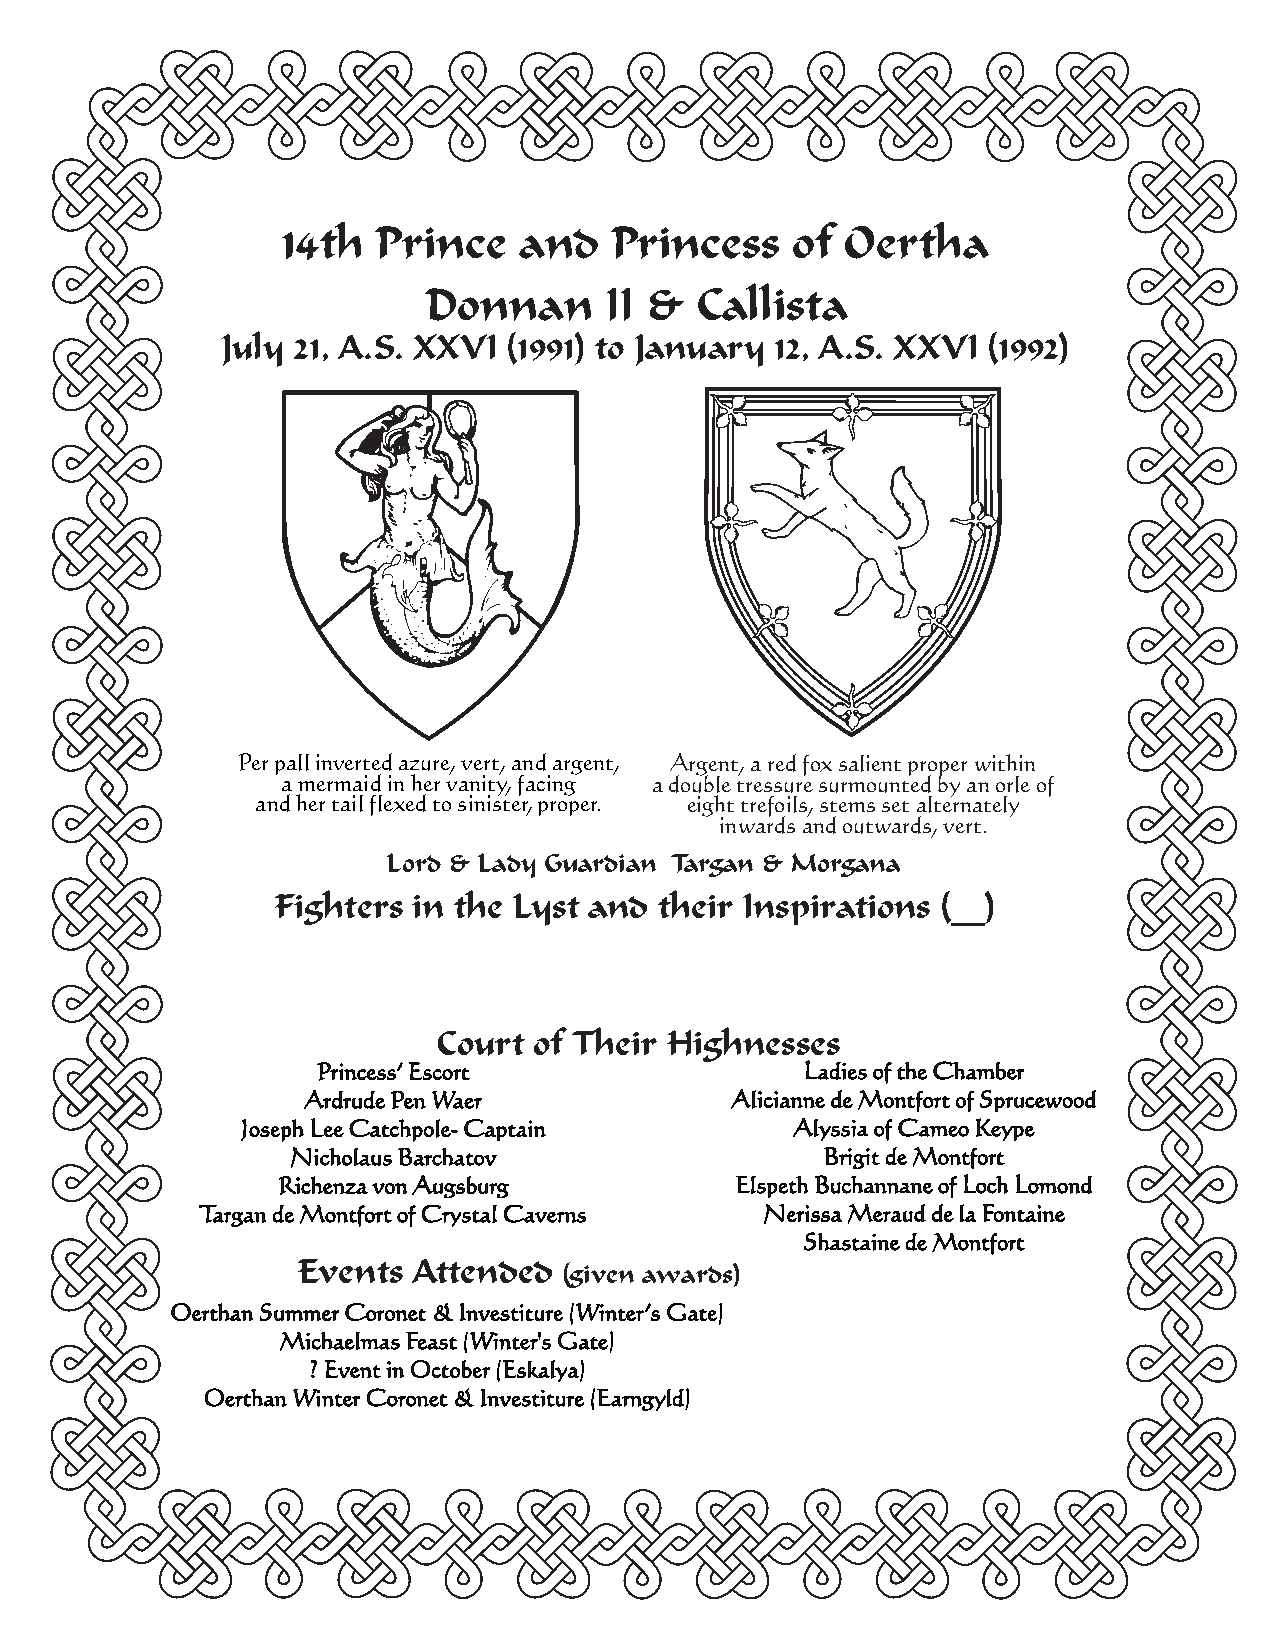
14th  Prince   and   Princess    of  Oertha
 Donnan      II &  Callista
 July 21, A.S. XXVI (1991) to January 12, A.S. XXVI (1992)
 Per pall inverted azure, vert, and argent, Argent, a red fox salient proper within
 a mermaid in her vanity, facing a double tressure surmounted by an orle of
 and her tail flexed to sinister, proper. eight trefoils, stems set alternately
 inwards and outwards, vert.
 Lord & Lady Guardian Targan & Morgana
 Fighters in the Lyst and  their Inspirations (__)
 CCoouurrtt ooff TThheeiirr HHiigghhnneesssseess
 Princess’ Escort                Ladies of the Chamber
 Ardrude Pen Waer            Alicianne de Montfort of Sprucewood
 Joseph Lee Catchpole- Captain        Alyssia of Cameo Keype
 Nicholaus Barchatov                 Brigit de Montfort
 Richenza von Augsburg          Elspeth Buchannane of Loch Lomond
 Targan de Montfort of Crystal Caverns Nerissa Meraud de la Fontaine
 Shastaine de Montfort
 Events Attended
 (given awards)
 Oerthan Summer Coronet & Investiture (Winter’s Gate)
 Michaelmas Feast (Winter's Gate)
 ? Event in October (Eskalya)
 Oerthan Winter Coronet & Investiture (Earngyld)